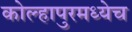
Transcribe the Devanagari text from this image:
कोल्हापुरमध्येच